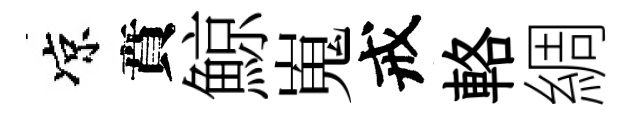
凉賁鯨嵬戒輅綢